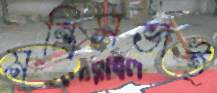
মন্ত্রিসভাই